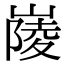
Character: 𡺿